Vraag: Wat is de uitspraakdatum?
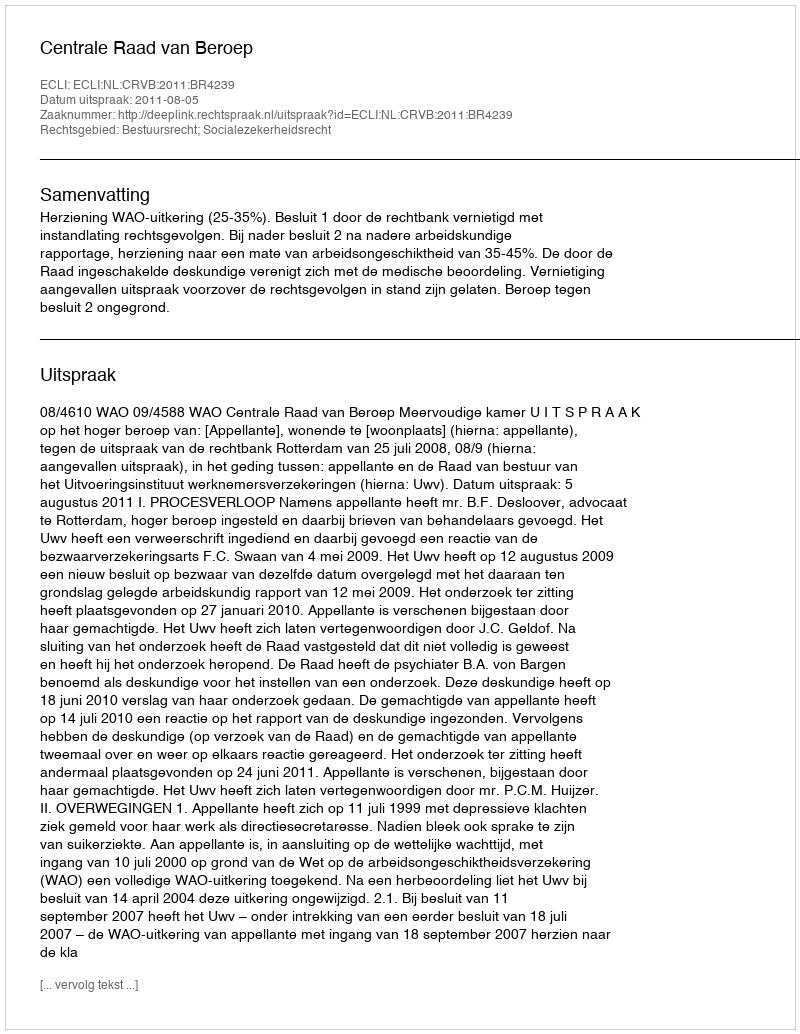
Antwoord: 2011-08-05